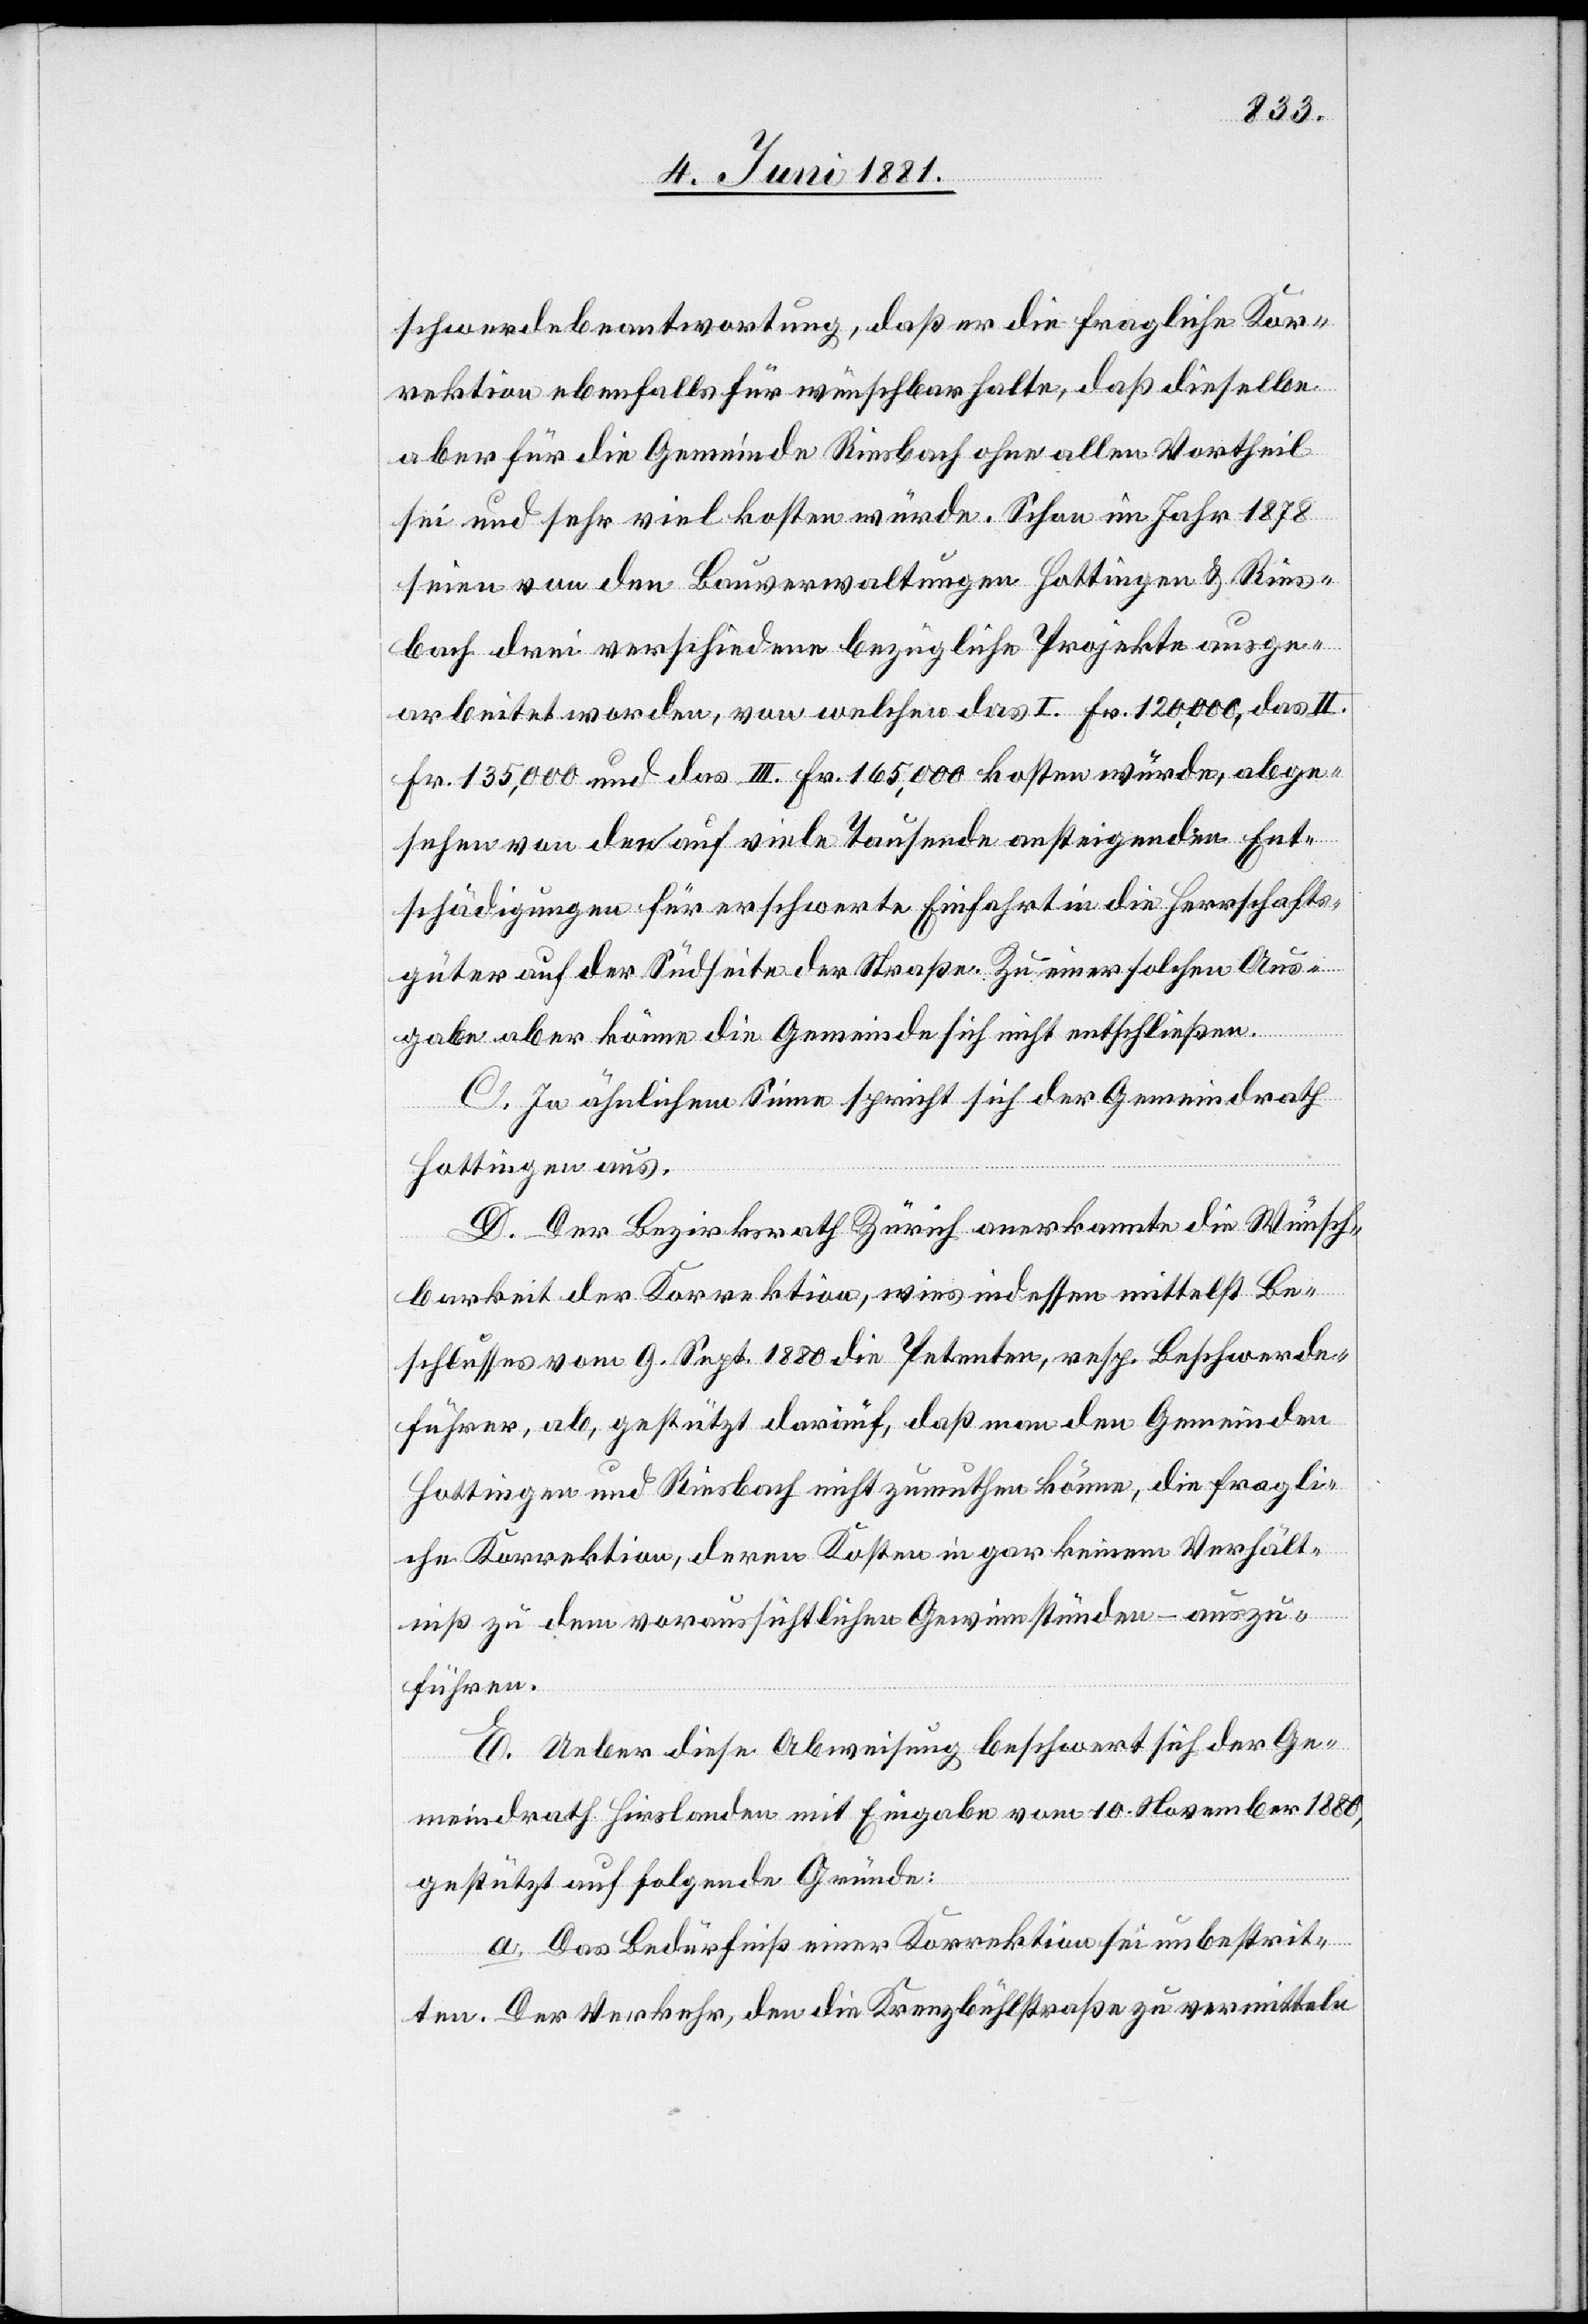
schwerdebeantwortung, daß er die fragliche Kor¬
rektion ebenfalls für wünschbar halte, daß dieselbe
aber für die Gemeinde Riesbach ohne allen Vortheil
sei und sehr viel kosten würde. Schon im Jahr 1878
seien von den Bauverwaltungen Hottingen & Ries¬
bach drei verschiedene bezügliche Projekte ausge¬
arbeitet worden, von welchen das I. Fr. 120,000, das II.
Fr. 135,000 und das III. Fr. 165,000 kosten würde, abge¬
sehen von den auf viele Tausende ansteigenden Ent¬
schädigungen für erschwerte Einfahrt in die Herrschafts¬
güter auf der Südseite der Straße. Zu einer solchen Aus¬
gabe aber könne die Gemeinde sich nicht entschließen.
C. In ähnlichem Sinne spricht sich der Gemeindrath
Hottingen aus.
D. Der Bezirksrath Zürich anerkannte die Wünsch¬
barkeit der Korrektion, wies indessen mittelst Be¬
schlusses vom 9. Sept. 1880 die Petenten, resp. Beschwerde¬
führer, ab, gestützt darauf, daß man den Gemeinden
Hottingen und Riesbach nicht zumuthen könne, die fragli¬
che Korrektion, deren Kosten in gar keinem Verhält¬
niß zu dem voraussichtlichen Gewinn stünden – auszu¬
führen.
E. Ueber diese Abweisung beschwert sich der Ge¬
meindrath Hirslanden mit Eingabe vom 10. November 1880,
gestützt auf folgende Gründe:
a. Das Bedürfniß einer Korrektion sei unbestrit¬
ten. Der Verkehr, den die Kreuzbühlstraße zu vermitteln